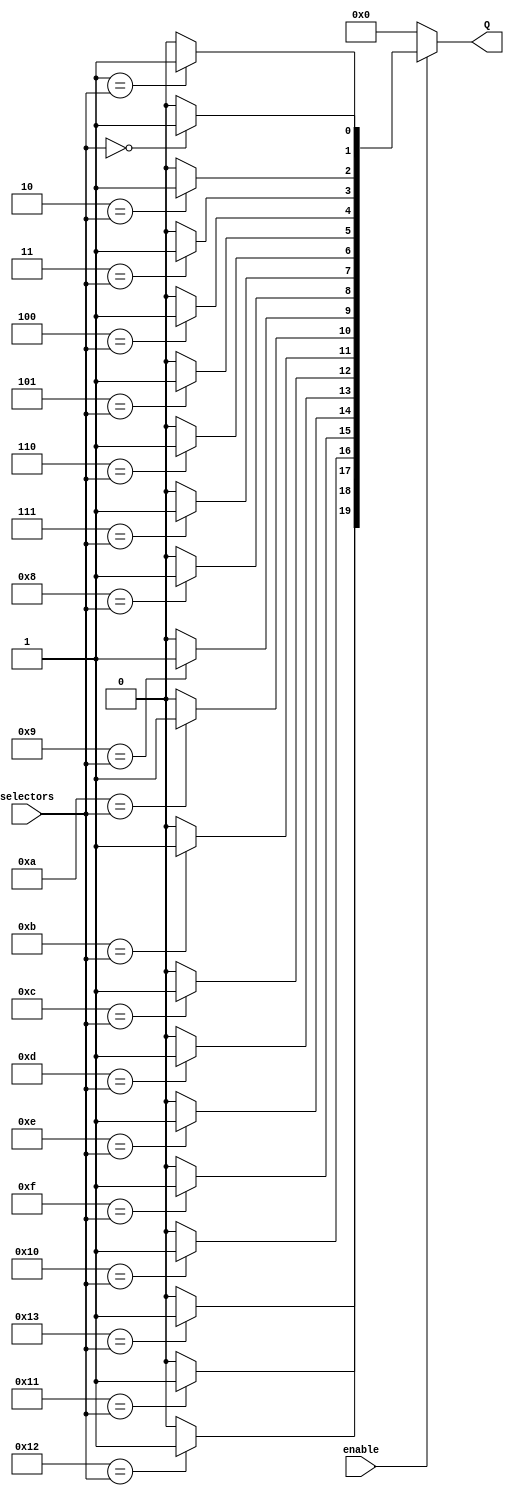
module generic_decoder  
#(parameter D = 20)(
input [$clog2(D)-1 : 0]selectors ,
input enable ,
output reg [D - 1 : 0]Q
);
  
integer k ;
  
always@(*)
  begin
    if (~enable)
      Q = 'b0  ;
    else
      begin
        Q = 'b0  ; 
        for(k = 0 ; k < D ; k = k+1)  
          begin
            if (k == selectors)
              Q [k] = 1'b1  ;
            else 
              Q = Q  ; 
          end 
      end
  end
endmodule